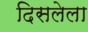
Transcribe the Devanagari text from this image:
दिसलेला